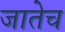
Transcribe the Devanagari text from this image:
जातेच